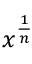
x ^ { \frac { 1 } { n } }